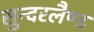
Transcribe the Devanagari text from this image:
सुन्दरलैण्ड